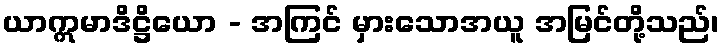
ယာဣမာဒိဋ္ဌိယော - အကြင် မှားသောအယူ အမြင်တို့သည်၊